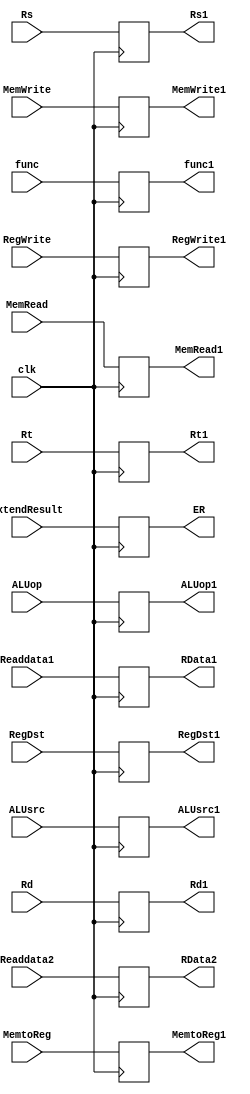
`timescale 1ns / 1ps


module ID_EXpipeline(
    input RegWrite,
    input MemtoReg,
    input MemRead,
    input MemWrite,
    input [1:0] ALUop,
    input ALUsrc,
    input RegDst,
    input [31:0] Readdata1,
    input [31:0] Readdata2,
    input [31:0] ExtendResult,
    input [4:0] Rd,
    input [4:0] Rt,
    input [4:0] Rs,
    input [5:0] func,

    output reg RegWrite1,
    output reg MemtoReg1,
    output reg MemRead1,
    output reg MemWrite1,
    output reg [1:0] ALUop1,
    output reg ALUsrc1,
    output reg RegDst1,
    output reg [31:0] RData1,
    output reg [31:0] RData2,
    output reg [31:0] ER,
    output reg [4:0]Rd1,
    output reg [4:0]Rt1,
    output reg [4:0]Rs1,
    output reg [5:0] func1,
    input clk
    );

    always@(negedge clk)
	 begin
	  Rs1<=Rs;
	  RegWrite1<=RegWrite;
	  MemtoReg1<=MemtoReg;
	  MemRead1<=MemRead;
	  MemWrite1<=MemWrite;
	  ALUop1<=ALUop;
	  ALUsrc1<=ALUsrc;
	  RData1<=Readdata1;
	  RData2<=Readdata2;
	  ER<=ExtendResult;
	  Rd1<=Rd;
	  Rt1<=Rt;
	  RegDst1<=RegDst;
	  func1<=func;
	 end

endmodule